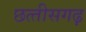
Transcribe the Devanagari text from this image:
छत्‍तीसगढ़़